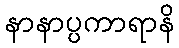
နာနာပ္ပကာရာနိ